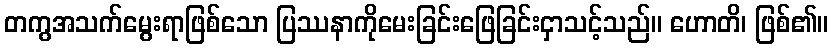
တကွအသက်မွေးရာဖြစ်သော ပြဿနာကိုမေးခြင်းဖြေခြင်းငှာသင့်သည်။ ဟောတိ၊ ဖြစ်၏။